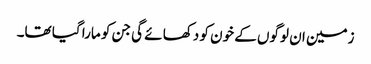
زمین ان لوگوں کے خون کو دکھا ئے گی جن کو مارا گیا تھا۔